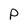
Character: P